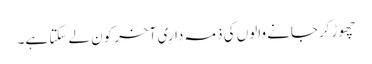
چھوڑ کرجانے والوں کی ذمہ داری آخر کون لے سکتا ہے۔